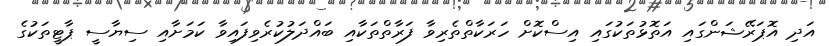
އަދި އޮޕަރޭޝަންގައި އަތޮޅުތަކުގައި އިސްކޮށް ހަރަކާތްތެރިވާ ފަރާތްތަކާއި ބައްދަލުކުރެވިފައިވާ ކަމަށާއި ސިޔާސީ ޕާޓީތަކުގެ